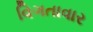
વિગતાવાર